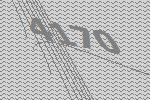
4170